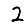
Digit: 2